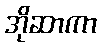
အိုဆာကာ